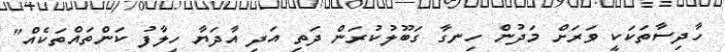
ހާދިސާތަކަކީ ވަރަށް މަދުން ހިނގާ ގަބޫލުކުރަން ދަތި އަދި އާދަޔާ ހިލާފު ކަންތައްތަކެއް"